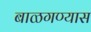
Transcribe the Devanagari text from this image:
बाळगण्यास